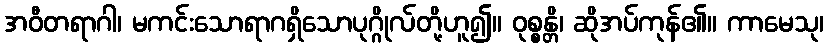
အဝီတရာဂါ၊ မကင်းသောရာဂရှိသောပုဂ္ဂိုလ်တို့ဟူ၍။ ဝုစ္စန္တိ၊ ဆိုအပ်ကုန်၏။ ကာမေသု၊